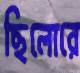
ছিলোরে